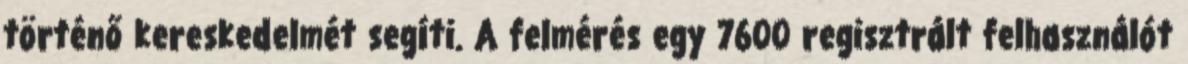
történő kereskedelmét segíti. A felmérés egy 7600 regisztrált felhasználót